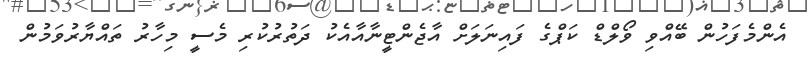
އެންމެފަހުން ބޭއްވި ވޯލްޑް ކަޕްގެ ފައިނަލަށް އާޖެންޓީނާއާއެކު ދަތުރުކުރި މެސީ މިހާރު ތައްޔާރުވަމުން